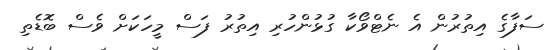
ސަފާގެ އިތުރުން އެ ނެޓްވޯކާ ގުޅުންހުރި އިތުރު ފަސް މީހަކަށް ވެސް ބޮޑެތި